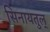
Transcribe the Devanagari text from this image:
सिनायतुल्